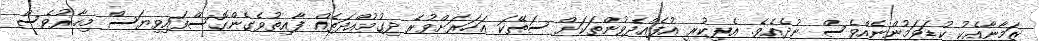
ޒަމާނާއެކު ކުޑަވަމުންނެއްވެސް ނުދެއެވެ. އެފިކުރީ އުފެއްދެވުންތަކަށް ސަތޭކަ އަހަރަށްވުރެ ދިގުމުއްދަތެއް ފާއިތުވެގެންގޮސްފައިވިޔަސް މިހާރުވެސް